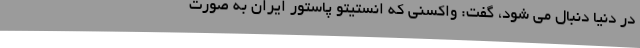
در دنیا دنبال می شود، گفت: واکسنی که انستیتو پاستور ایران به صورت